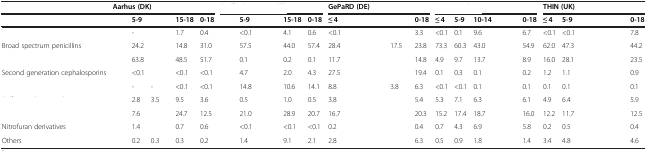
<table><thead><tr><td>[EMPTY_CELL]</td><td colspan="5"><b>Aarhus (DK)</b></td><td colspan="5">[EMPTY_CELL]</td><td colspan="5"><b>GePaRD (DE)</b></td><td colspan="5">[EMPTY_CELL]</td><td colspan="5"><b>THIN (UK)</b></td></tr></thead><tbody><tr><td>[EMPTY_CELL]</td><td>[EMPTY_CELL]</td><td><b>5-9</b></td><td>[EMPTY_CELL]</td><td><b>15-18</b></td><td><b>0-18</b></td><td>[EMPTY_CELL]</td><td><b>5-9</b></td><td>[EMPTY_CELL]</td><td><b>15-18</b></td><td><b>0-18</b></td><td><b>≤ 4</b></td><td>[EMPTY_CELL]</td><td>[EMPTY_CELL]</td><td>[EMPTY_CELL]</td><td><b>0-18</b></td><td><b>≤ 4</b></td><td><b>5-9</b></td><td><b>10-14</b></td><td>[EMPTY_CELL]</td><td><b>0-18</b></td><td><b>≤ 4</b></td><td><b>5-9</b></td><td>[EMPTY_CELL]</td><td>[EMPTY_CELL]</td><td><b>0-18</b></td></tr><tr><td>[EMPTY_CELL]</td><td>[EMPTY_CELL]</td><td>-</td><td>[EMPTY_CELL]</td><td>1.7</td><td>0.4</td><td>[EMPTY_CELL]</td><td>&lt;0.1</td><td>[EMPTY_CELL]</td><td>4.1</td><td>0.6</td><td>&lt;0.1</td><td>[EMPTY_CELL]</td><td>[EMPTY_CELL]</td><td>[EMPTY_CELL]</td><td>3.3</td><td>&lt;0.1</td><td>0.1</td><td>9.6</td><td>[EMPTY_CELL]</td><td>6.7</td><td>&lt;0.1</td><td>&lt;0.1</td><td>[EMPTY_CELL]</td><td>[EMPTY_CELL]</td><td>7.8</td></tr><tr><td>Broad spectrum penicillins</td><td>[EMPTY_CELL]</td><td>24.2</td><td>[EMPTY_CELL]</td><td>14.8</td><td>31.0</td><td>[EMPTY_CELL]</td><td>57.5</td><td>[EMPTY_CELL]</td><td>44.0</td><td>57.4</td><td>28.4</td><td>[EMPTY_CELL]</td><td>[EMPTY_CELL]</td><td>17.5</td><td>23.8</td><td>73.3</td><td>60.3</td><td>43.0</td><td>[EMPTY_CELL]</td><td>54.9</td><td>62.0</td><td>47.3</td><td>[EMPTY_CELL]</td><td>[EMPTY_CELL]</td><td>44.2</td></tr><tr><td>[EMPTY_CELL]</td><td>[EMPTY_CELL]</td><td>63.8</td><td>[EMPTY_CELL]</td><td>48.5</td><td>51.7</td><td>[EMPTY_CELL]</td><td>0.1</td><td>[EMPTY_CELL]</td><td>0.2</td><td>0.1</td><td>11.7</td><td>[EMPTY_CELL]</td><td>[EMPTY_CELL]</td><td>[EMPTY_CELL]</td><td>14.8</td><td>4.9</td><td>9.7</td><td>13.7</td><td>[EMPTY_CELL]</td><td>8.9</td><td>16.0</td><td>28.1</td><td>[EMPTY_CELL]</td><td>[EMPTY_CELL]</td><td>23.5</td></tr><tr><td>Second generation cephalosporins</td><td>[EMPTY_CELL]</td><td>&lt;0.1</td><td>[EMPTY_CELL]</td><td>&lt;0.1</td><td>&lt;0.1</td><td>[EMPTY_CELL]</td><td>4.7</td><td>[EMPTY_CELL]</td><td>2.0</td><td>4.3</td><td>27.5</td><td>[EMPTY_CELL]</td><td>[EMPTY_CELL]</td><td>[EMPTY_CELL]</td><td>19.4</td><td>0.1</td><td>0.3</td><td>0.1</td><td>[EMPTY_CELL]</td><td>0.2</td><td>1.2</td><td>1.1</td><td>[EMPTY_CELL]</td><td>[EMPTY_CELL]</td><td>0.9</td></tr><tr><td>[EMPTY_CELL]</td><td>[EMPTY_CELL]</td><td>-</td><td>-</td><td>&lt;0.1</td><td>&lt;0.1</td><td>[EMPTY_CELL]</td><td>14.8</td><td>[EMPTY_CELL]</td><td>10.6</td><td>14.1</td><td>8.8</td><td>[EMPTY_CELL]</td><td>[EMPTY_CELL]</td><td>3.8</td><td>6.3</td><td>&lt;0.1</td><td>&lt;0.1</td><td>0.1</td><td>[EMPTY_CELL]</td><td>0.1</td><td>0.1</td><td>0.1</td><td>[EMPTY_CELL]</td><td>[EMPTY_CELL]</td><td>0.1</td></tr><tr><td>[EMPTY_CELL]</td><td>[EMPTY_CELL]</td><td>2.8</td><td>3.5</td><td>9.5</td><td>3.6</td><td>[EMPTY_CELL]</td><td>0.5</td><td>[EMPTY_CELL]</td><td>1.0</td><td>0.5</td><td>3.8</td><td>[EMPTY_CELL]</td><td>[EMPTY_CELL]</td><td>[EMPTY_CELL]</td><td>5.4</td><td>5.3</td><td>7.1</td><td>6.3</td><td>[EMPTY_CELL]</td><td>6.1</td><td>4.9</td><td>6.4</td><td>[EMPTY_CELL]</td><td>[EMPTY_CELL]</td><td>5.9</td></tr><tr><td>[EMPTY_CELL]</td><td>[EMPTY_CELL]</td><td>7.6</td><td>[EMPTY_CELL]</td><td>24.7</td><td>12.5</td><td>[EMPTY_CELL]</td><td>21.0</td><td>[EMPTY_CELL]</td><td>28.9</td><td>20.7</td><td>16.7</td><td>[EMPTY_CELL]</td><td>[EMPTY_CELL]</td><td>[EMPTY_CELL]</td><td>20.3</td><td>15.2</td><td>17.4</td><td>18.7</td><td>[EMPTY_CELL]</td><td>16.0</td><td>12.2</td><td>11.7</td><td>[EMPTY_CELL]</td><td>[EMPTY_CELL]</td><td>12.5</td></tr><tr><td>Nitrofuran derivatives</td><td>[EMPTY_CELL]</td><td>1.4</td><td>[EMPTY_CELL]</td><td>0.7</td><td>0.6</td><td>[EMPTY_CELL]</td><td>&lt;0.1</td><td>[EMPTY_CELL]</td><td>&lt;0.1</td><td>&lt;0.1</td><td>0.2</td><td>[EMPTY_CELL]</td><td>[EMPTY_CELL]</td><td>[EMPTY_CELL]</td><td>0.4</td><td>0.7</td><td>4.3</td><td>6.9</td><td>[EMPTY_CELL]</td><td>5.8</td><td>0.2</td><td>0.5</td><td>[EMPTY_CELL]</td><td>[EMPTY_CELL]</td><td>0.4</td></tr><tr><td>Others</td><td>[EMPTY_CELL]</td><td>0.2</td><td>0.3</td><td>0.3</td><td>0.2</td><td>[EMPTY_CELL]</td><td>1.4</td><td>[EMPTY_CELL]</td><td>9.1</td><td>2.1</td><td>2.8</td><td>[EMPTY_CELL]</td><td>[EMPTY_CELL]</td><td>[EMPTY_CELL]</td><td>6.3</td><td>0.5</td><td>0.9</td><td>1.8</td><td>[EMPTY_CELL]</td><td>1.4</td><td>3.4</td><td>4.8</td><td>[EMPTY_CELL]</td><td>[EMPTY_CELL]</td><td>4.6</td></tr></tbody></table>